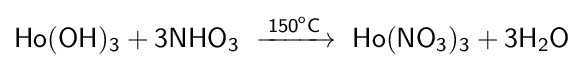
{\mathsf {Ho(OH)_{3}+3NHO_{3}\ \xrightarrow {150^{o}C} \ Ho(NO_{3})_{3}+3H_{2}O}}